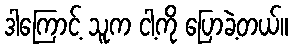
ဒါကြောင့် သူက ငါ့ကို ပြောခဲ့တယ်။